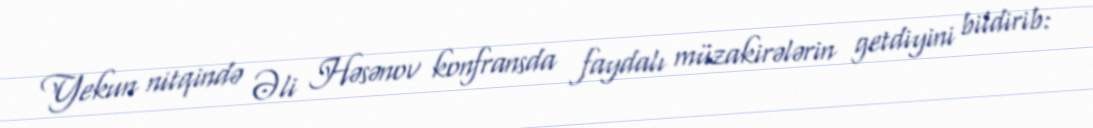
Yekun nitqində Əli Həsənov konfransda faydalı müzakirələrin getdiyini bildirib: